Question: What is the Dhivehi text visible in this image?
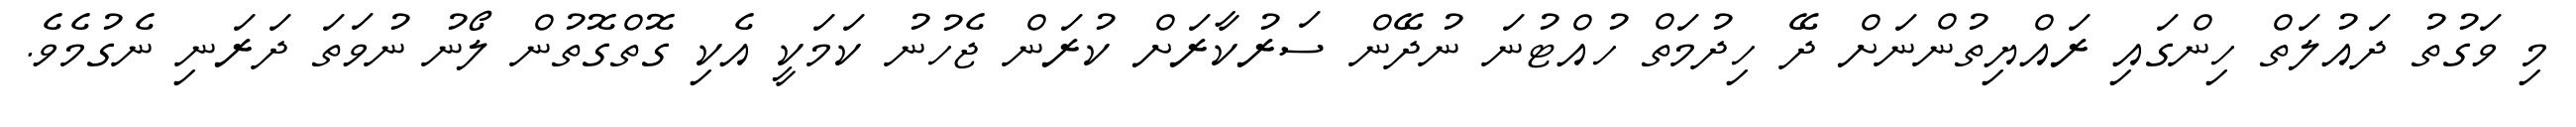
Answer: މި ވަގުތު ދައުލަތް ހިންގައި ރައްޔިތުންނަށް ދޭ ހިދުމަތް ހުއްޓުނަ ނުދޭން ސަރުކާރަށް ކުރަން ޖެހުނު ކަމަކީ އެކި ގޮތްގޮތުން ލޯނު ނުވަތަ ދަރަނި ނެގުމެވެ.